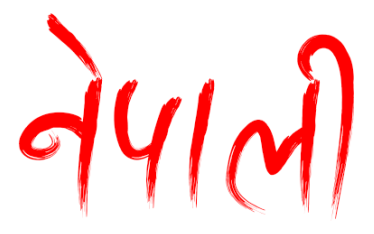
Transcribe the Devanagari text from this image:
नेपाली